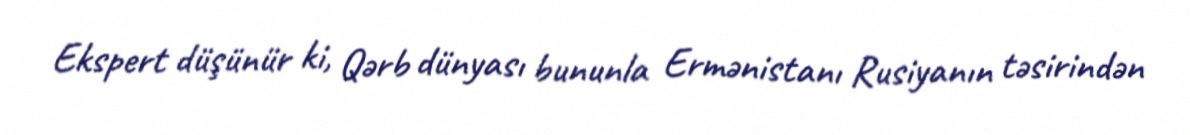
Ekspert düşünür ki, Qərb dünyası bununla Ermənistanı Rusiyanın təsirindən